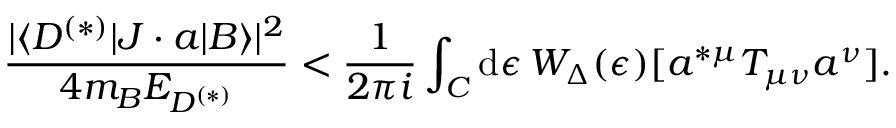
{ \frac { | \langle D ^ { ( * ) } | J \cdot a | B \rangle | ^ { 2 } } { 4 m _ { B } E _ { D ^ { ( * ) } } } } < { \frac { 1 } { 2 \pi i } } \int _ { C } \mathrm { d } \epsilon \, W _ { \Delta } ( \epsilon ) [ a ^ { * \mu } T _ { \mu \nu } a ^ { \nu } ] .